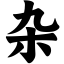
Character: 杂